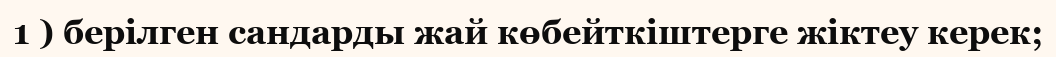
1 ) берілген сандарды жай көбейткіштерге жіктеу керек;